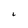
Character: 2